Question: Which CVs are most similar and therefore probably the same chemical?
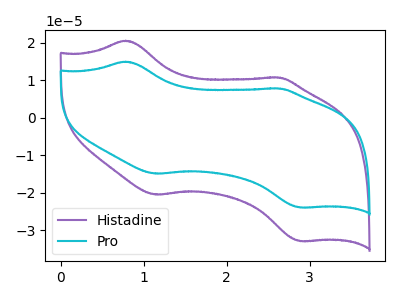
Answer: <think>The purple curve "Histadine" has anodic peaks at (0.80V, 20.55uA) (2.60V, 10.70uA) and cathodic peaks at (1.15V, -20.55uA) (2.90V, -32.95uA). The cyan curve "Pro" has anodic peaks at (0.80V, 14.95uA) (2.60V, 7.80uA) and cathodic peaks at (1.15V, -14.95uA) (2.90V, -24.00uA).
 All the peaks in "Histadine" have a peak in "Pro" at the same potential. Every peak in "Histadine" is higher than every peak in "Pro".</think>
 <answer>"Pro" and "Histadine" have the same shape and are likely CV's of the same chemical.</answer>
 <eval>"Pro" "Histadine"</eval>